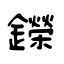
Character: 鑅